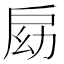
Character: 𢩃